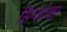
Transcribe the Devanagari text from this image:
सिन्कोव्हा